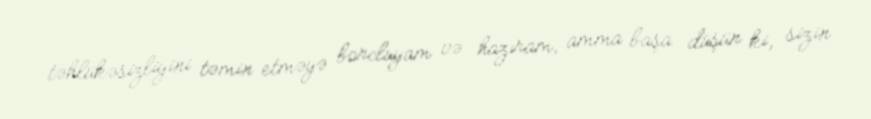
təhlükəsizliyini təmin etməyə borcluyam və hazıram, amma başa düşün ki, sizin